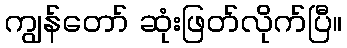
ကျွန်တော် ဆုံးဖြတ်လိုက်ပြီ။